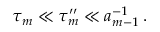
\tau _ { m } \ll \tau _ { m } ^ { \prime \prime } \ll a _ { m - 1 } ^ { - 1 } \, .